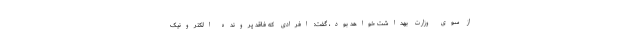
از سوی وزارت بهداشت خواهد بود، گفت: افرادی که فاقد پرونده الکترونیک